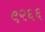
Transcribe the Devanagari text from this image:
९२६६